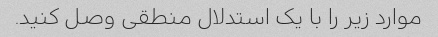
موارد زیر را با یک استدلال منطقی وصل کنید.